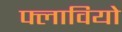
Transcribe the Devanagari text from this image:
फ्लावियो